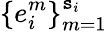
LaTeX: \{ e_{i}^{m}\} _{m=1}^{\mathtt{s}_{i}}